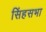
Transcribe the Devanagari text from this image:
सिंहसभा